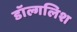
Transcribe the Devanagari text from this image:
डॉल्गलिश